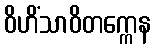
ဝိဟိံသာဝိတက္ကေန